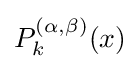
P_{k}^{(\alpha ,\beta )}(x)